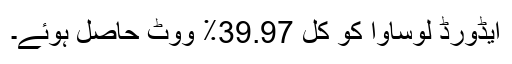
ایڈورڈ لوساوا کو کل 39.97٪ ووٹ حاصل ہوئے۔